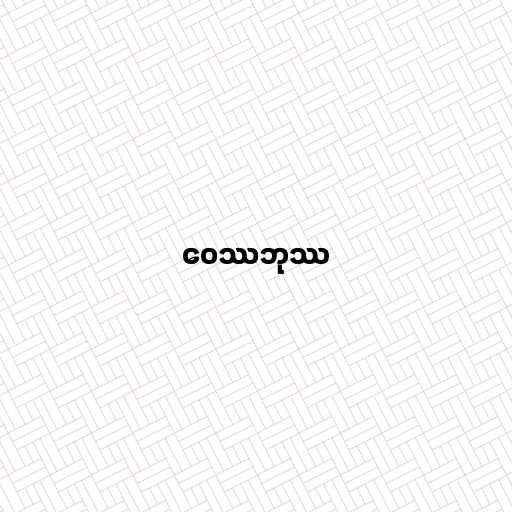
ဝေဿဘုဿ